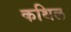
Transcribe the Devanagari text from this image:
कथिल